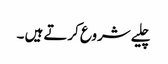
چلیے شروع کرتے ہیں ۔